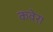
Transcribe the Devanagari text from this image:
कवेरा